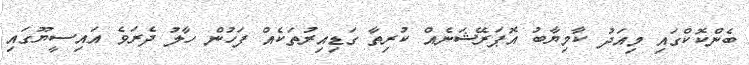
ބެންކޮކްގައި މިއަދު ކާމިޔާބު އޮޕަރޭޝަނެއް ކުރިތާ ގަޑިއިރުތަކެއް ފަހުން ހާލު ދެރަވެ އައިސީޔޫގައި